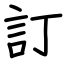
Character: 訂